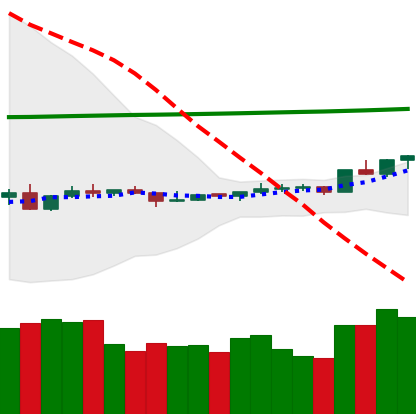
Ticker: ETC-USD
Chart end date: 2020-04-09
Forward return: -11.759%
Label: down_7plus